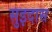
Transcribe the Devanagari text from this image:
सुइदास